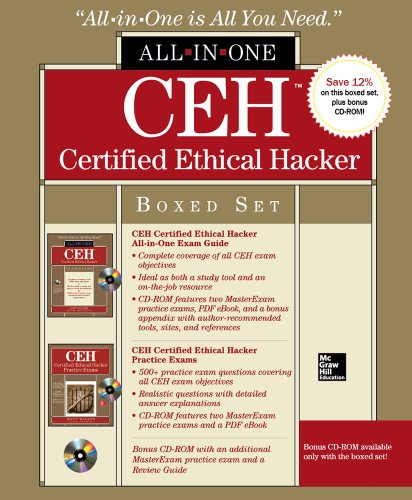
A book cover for CEH Certified Ethical Hacker Boxed Set (All-in-One); Matt Walker; Computers & Technology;